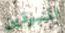
المنبوذين